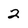
Character: 2